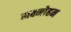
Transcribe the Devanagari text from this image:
मक्मोहन